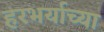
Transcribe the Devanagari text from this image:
हरभर्याच्या